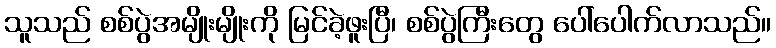
သူသည် စစ်ပွဲအမျိုးမျိုးကို မြင်ခဲ့ဖူးပြီ၊ စစ်ပွဲကြီးတွေ ပေါ်ပေါက်လာသည်။